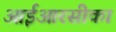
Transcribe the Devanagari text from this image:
आईआरसीका